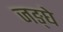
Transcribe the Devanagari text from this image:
जङ्घे